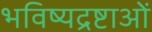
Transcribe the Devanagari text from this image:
भविष्यद्रष्टाओं